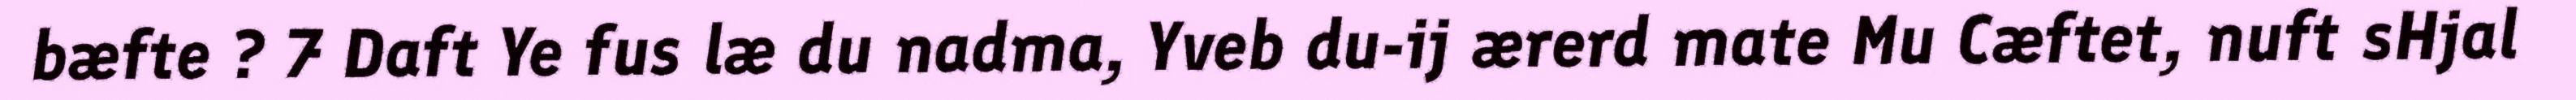
bæfte ? 7 Daft Ye fus læ du nadma, Yveb du-ij ærerd mate Mu Cæftet, nuft sHjal